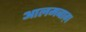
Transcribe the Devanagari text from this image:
आलमबाग़